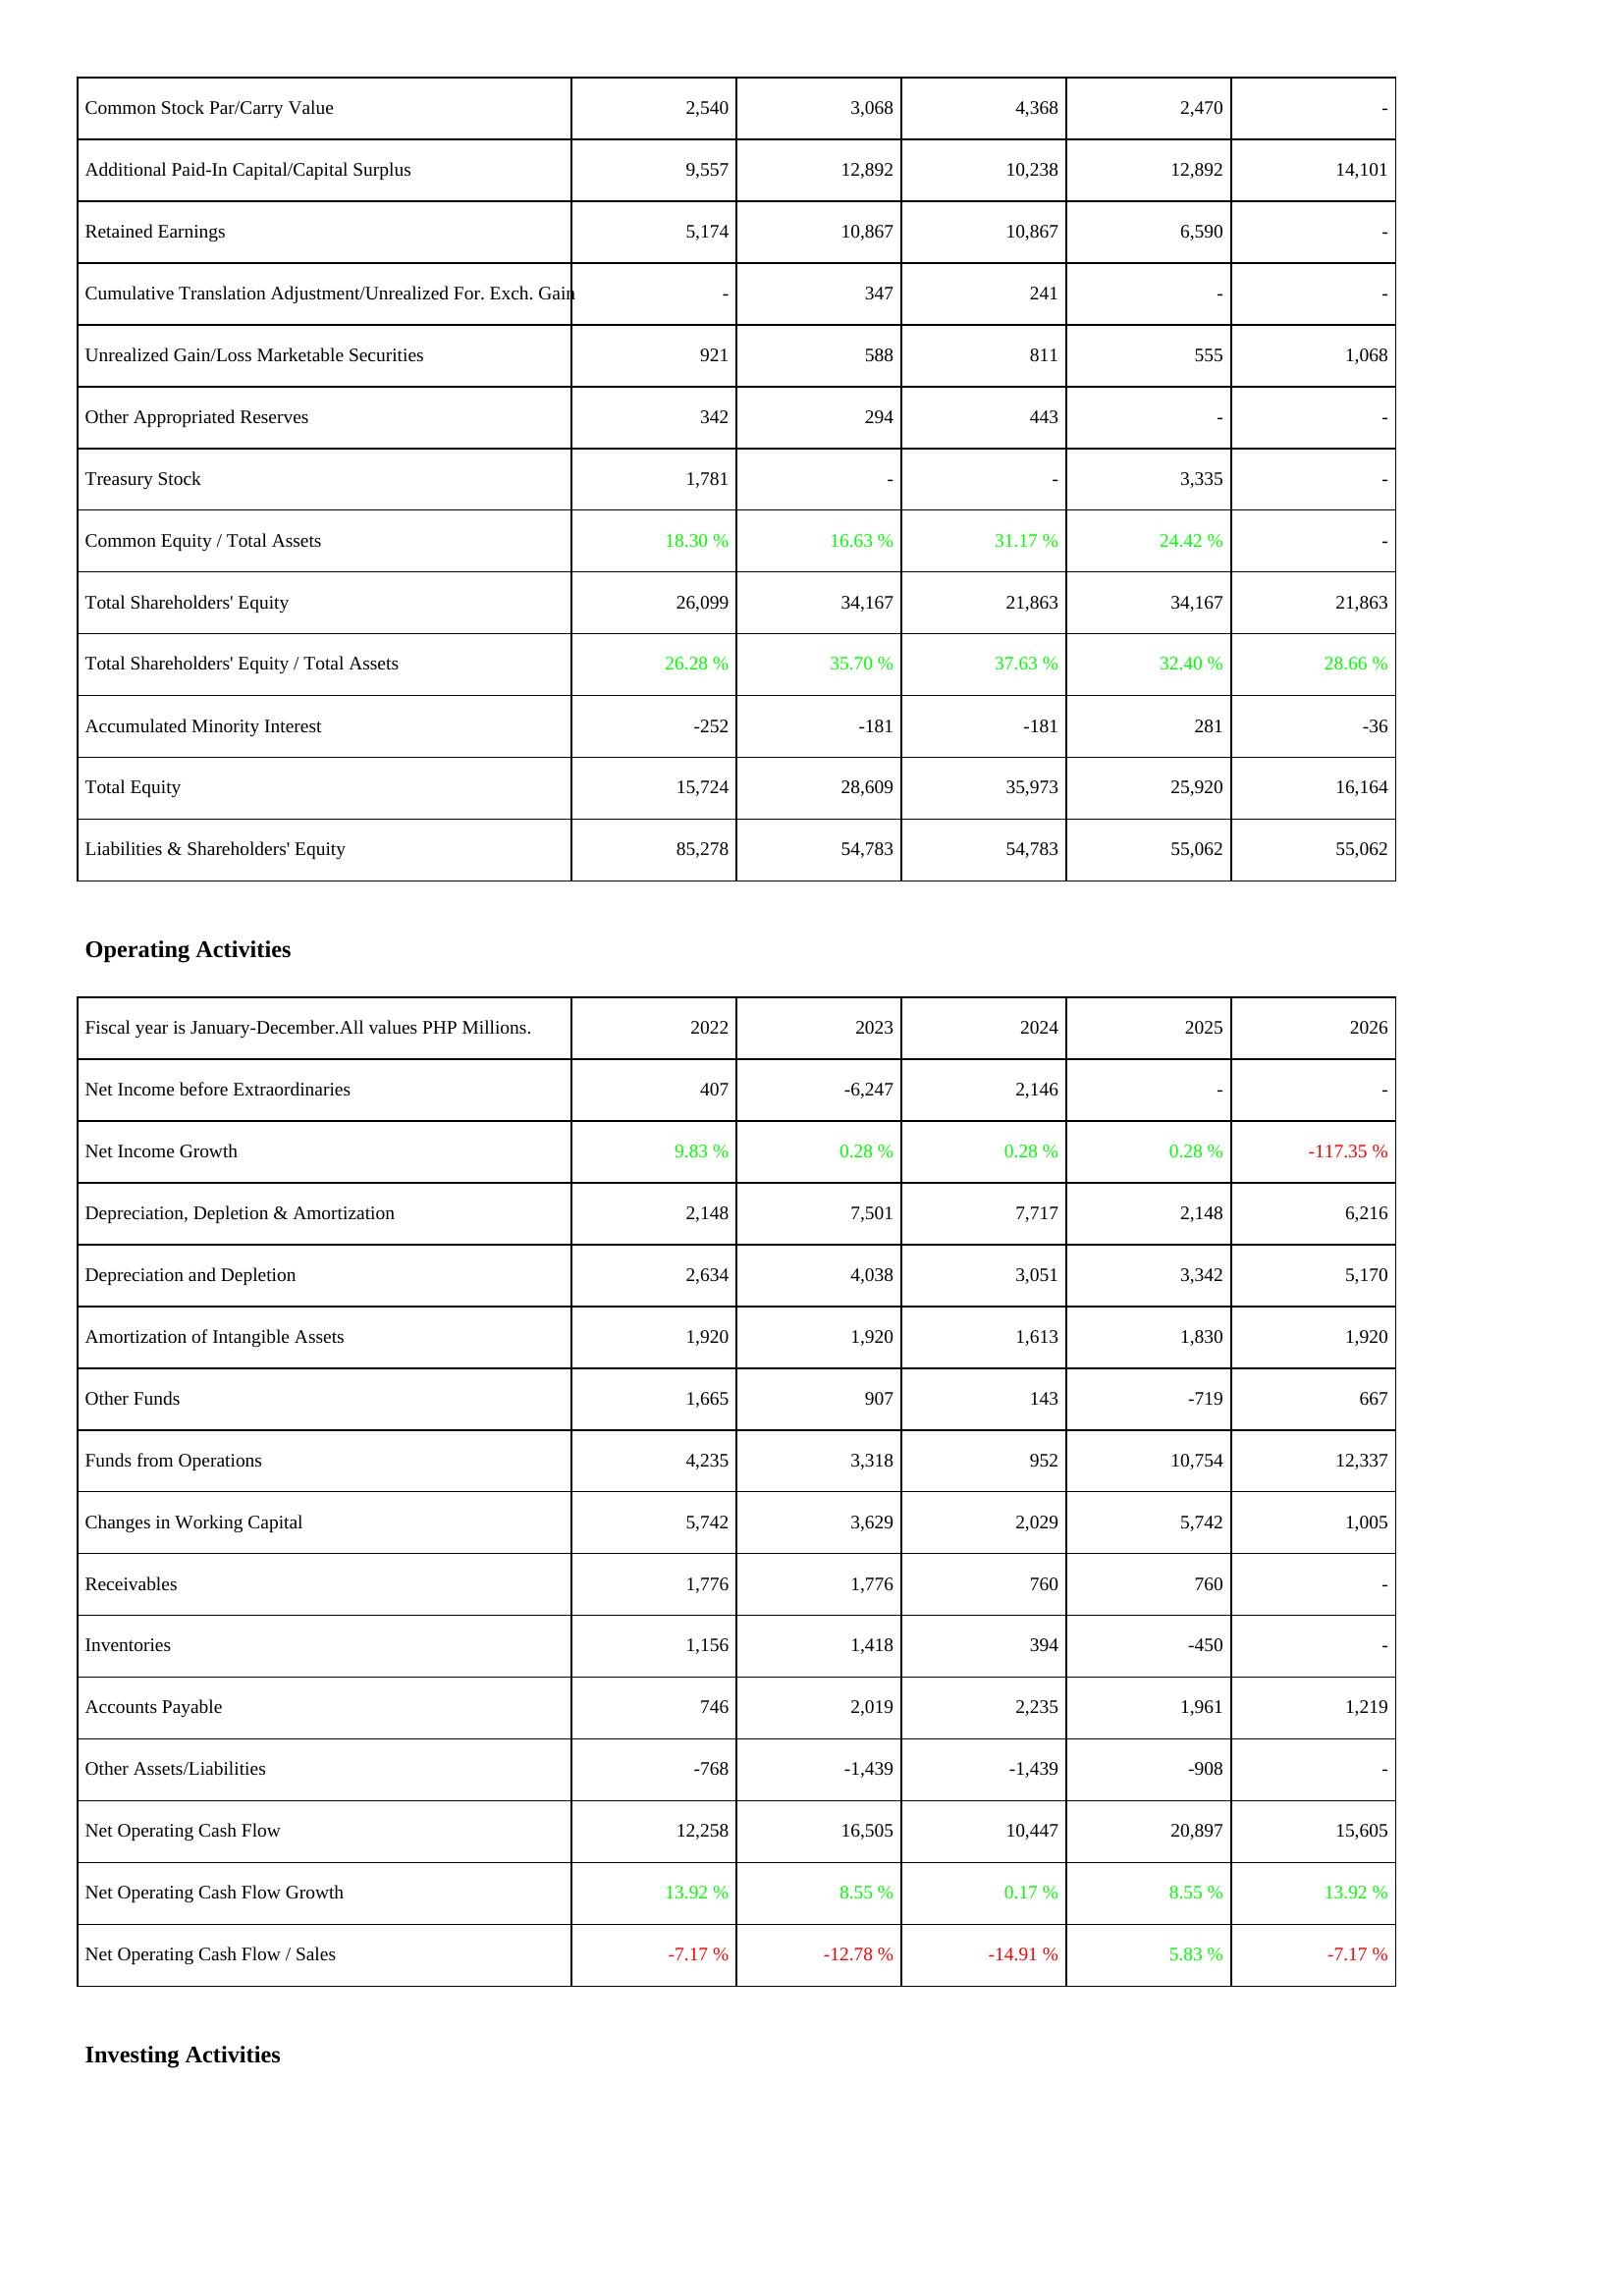
2022: Liabilities & Shareholders' Equity: Common Stock Par/Carry Value: 2,540
Additional Paid-In Capital/Capital Surplus: 9,557
Retained Earnings: 5,174
Cumulative Translation Adjustment/Unrealized For. Exch. Gain: -
Unrealized Gain/Loss Marketable Securities: 921
Other Appropriated Reserves: 342
Treasury Stock: 1,781
Common Equity / Total Assets: 18.30 %
Total Shareholders' Equity: 26,099
Total Shareholders' Equity / Total Assets: 26.28 %
Accumulated Minority Interest: -252
Total Equity: 15,724
Liabilities & Shareholders' Equity: 85,278
Operating Activities: Net Income before Extraordinaries: 407
Net Income Growth: 9.83 %
Depreciation, Depletion & Amortization: 2,148
Depreciation and Depletion: 2,634
Amortization of Intangible Assets: 1,920
Other Funds: 1,665
Funds from Operations: 4,235
Changes in Working Capital: 5,742
Receivables: 1,776
Inventories: 1,156
Accounts Payable: 746
Other Assets/Liabilities: -768
Net Operating Cash Flow: 12,258
Net Operating Cash Flow Growth: 13.92 %
Net Operating Cash Flow / Sales: -7.17 %
2023: Liabilities & Shareholders' Equity: Common Stock Par/Carry Value: 3,068
Additional Paid-In Capital/Capital Surplus: 12,892
Retained Earnings: 10,867
Cumulative Translation Adjustment/Unrealized For. Exch. Gain: 347
Unrealized Gain/Loss Marketable Securities: 588
Other Appropriated Reserves: 294
Treasury Stock: -
Common Equity / Total Assets: 16.63 %
Total Shareholders' Equity: 34,167
Total Shareholders' Equity / Total Assets: 35.70 %
Accumulated Minority Interest: -181
Total Equity: 28,609
Liabilities & Shareholders' Equity: 54,783
Operating Activities: Net Income before Extraordinaries: -6,247
Net Income Growth: 0.28 %
Depreciation, Depletion & Amortization: 7,501
Depreciation and Depletion: 4,038
Amortization of Intangible Assets: 1,920
Other Funds: 907
Funds from Operations: 3,318
Changes in Working Capital: 3,629
Receivables: 1,776
Inventories: 1,418
Accounts Payable: 2,019
Other Assets/Liabilities: -1,439
Net Operating Cash Flow: 16,505
Net Operating Cash Flow Growth: 8.55 %
Net Operating Cash Flow / Sales: -12.78 %
2024: Liabilities & Shareholders' Equity: Common Stock Par/Carry Value: 4,368
Additional Paid-In Capital/Capital Surplus: 10,238
Retained Earnings: 10,867
Cumulative Translation Adjustment/Unrealized For. Exch. Gain: 241
Unrealized Gain/Loss Marketable Securities: 811
Other Appropriated Reserves: 443
Treasury Stock: -
Common Equity / Total Assets: 31.17 %
Total Shareholders' Equity: 21,863
Total Shareholders' Equity / Total Assets: 37.63 %
Accumulated Minority Interest: -181
Total Equity: 35,973
Liabilities & Shareholders' Equity: 54,783
Operating Activities: Net Income before Extraordinaries: 2,146
Net Income Growth: 0.28 %
Depreciation, Depletion & Amortization: 7,717
Depreciation and Depletion: 3,051
Amortization of Intangible Assets: 1,613
Other Funds: 143
Funds from Operations: 952
Changes in Working Capital: 2,029
Receivables: 760
Inventories: 394
Accounts Payable: 2,235
Other Assets/Liabilities: -1,439
Net Operating Cash Flow: 10,447
Net Operating Cash Flow Growth: 0.17 %
Net Operating Cash Flow / Sales: -14.91 %
2025: Liabilities & Shareholders' Equity: Common Stock Par/Carry Value: 2,470
Additional Paid-In Capital/Capital Surplus: 12,892
Retained Earnings: 6,590
Cumulative Translation Adjustment/Unrealized For. Exch. Gain: -
Unrealized Gain/Loss Marketable Securities: 555
Other Appropriated Reserves: -
Treasury Stock: 3,335
Common Equity / Total Assets: 24.42 %
Total Shareholders' Equity: 34,167
Total Shareholders' Equity / Total Assets: 32.40 %
Accumulated Minority Interest: 281
Total Equity: 25,920
Liabilities & Shareholders' Equity: 55,062
Operating Activities: Net Income before Extraordinaries: -
Net Income Growth: 0.28 %
Depreciation, Depletion & Amortization: 2,148
Depreciation and Depletion: 3,342
Amortization of Intangible Assets: 1,830
Other Funds: -719
Funds from Operations: 10,754
Changes in Working Capital: 5,742
Receivables: 760
Inventories: -450
Accounts Payable: 1,961
Other Assets/Liabilities: -908
Net Operating Cash Flow: 20,897
Net Operating Cash Flow Growth: 8.55 %
Net Operating Cash Flow / Sales: 5.83 %
2026: Liabilities & Shareholders' Equity: Common Stock Par/Carry Value: -
Additional Paid-In Capital/Capital Surplus: 14,101
Retained Earnings: -
Cumulative Translation Adjustment/Unrealized For. Exch. Gain: -
Unrealized Gain/Loss Marketable Securities: 1,068
Other Appropriated Reserves: -
Treasury Stock: -
Common Equity / Total Assets: -
Total Shareholders' Equity: 21,863
Total Shareholders' Equity / Total Assets: 28.66 %
Accumulated Minority Interest: -36
Total Equity: 16,164
Liabilities & Shareholders' Equity: 55,062
Operating Activities: Net Income before Extraordinaries: -
Net Income Growth: -117.35 %
Depreciation, Depletion & Amortization: 6,216
Depreciation and Depletion: 5,170
Amortization of Intangible Assets: 1,920
Other Funds: 667
Funds from Operations: 12,337
Changes in Working Capital: 1,005
Receivables: -
Inventories: -
Accounts Payable: 1,219
Other Assets/Liabilities: -
Net Operating Cash Flow: 15,605
Net Operating Cash Flow Growth: 13.92 %
Net Operating Cash Flow / Sales: -7.17 %